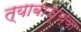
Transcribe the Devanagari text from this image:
त्याबाजूच्या